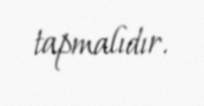
tapmalıdır.